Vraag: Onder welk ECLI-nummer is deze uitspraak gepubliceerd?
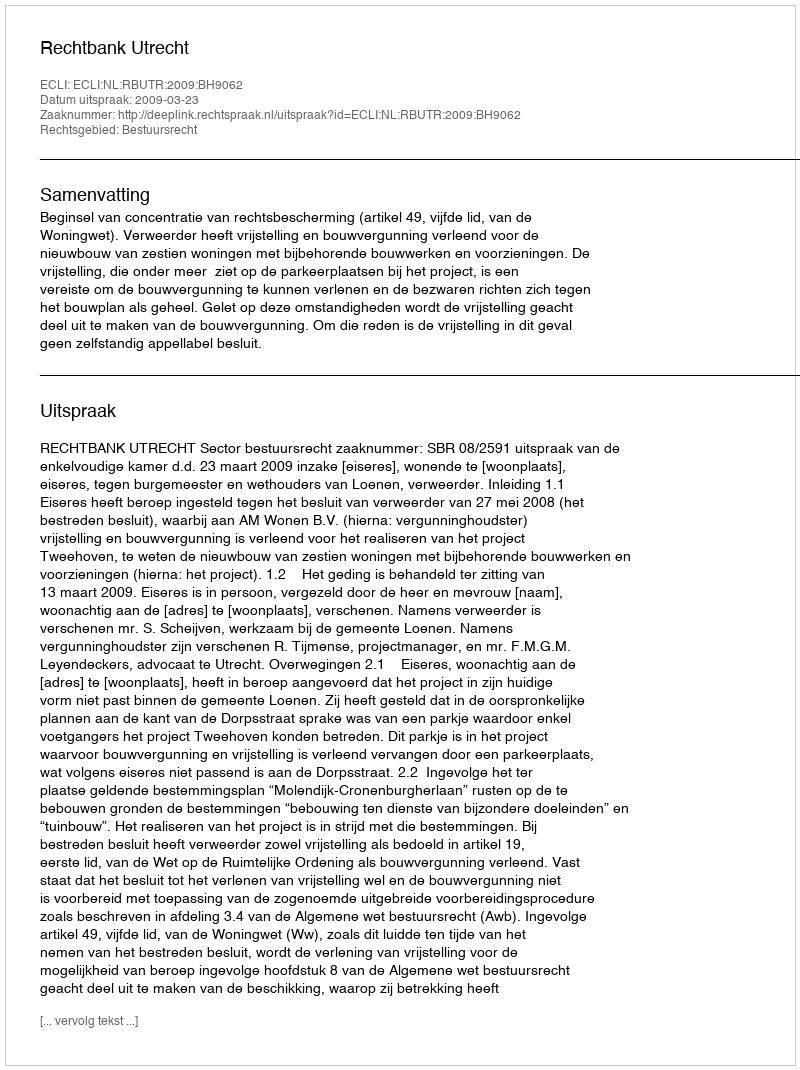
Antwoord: ECLI:NL:RBUTR:2009:BH9062